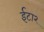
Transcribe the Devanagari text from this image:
ईटा२